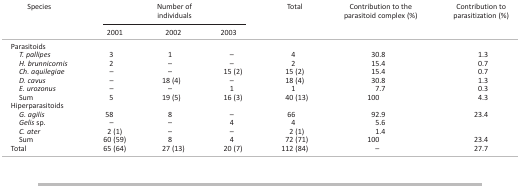
| <ROWSPAN=2> Species | <COLSPAN=3> Number of individuals | <ROWSPAN=2> Total | <ROWSPAN=2> Contribution to the parasitoid complex (%) | <ROWSPAN=2> Contribution to parasitization (%) |
 | 2001 | 2002 | 2003 |
 | --- | --- | --- | --- | --- | --- | --- |
 | <COLSPAN=7> Parasitoids |
 | T. pallipes | 3 | 1 | – | 4 | 30.8 | 1.3 |
 | H. brunnicornis | 2 | – | – | 2 | 15.4 | 0.7 |
 | Ch. aquilegiae | – | – | 15 (2) | 15 (2) | 15.4 | 0.7 |
 | D. cavus | – | 18 (4) | – | 18 (4) | 30.8 | 1.3 |
 | E. urozonus | – | – | 1 | 1 | 7.7 | 0.3 |
 | Sum | 5 | 19 (5) | 16 (3) | 40 (13) | 100 | 4.3 |
 | <COLSPAN=7> Hiperparasitoids |
 | G. agilis | 58 | 8 | – | 66 | 92.9 | <ROWSPAN=3> 23.4 |
 | Gelissp. | – | – | 4 | 4 | 5.6 |
 | C. ater | 2 (1) | – | – | 2 (1) | 1.4 |
 | Sum | 60 (59) | 8 | 4 | 72 (71) | 100 | 23.4 |
 | Total | 65 (64) | 27 (13) | 20 (7) | 112 (84) | – | 27.7 |